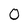
Character: 0